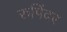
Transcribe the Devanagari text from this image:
रुपिंदर